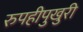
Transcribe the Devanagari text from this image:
रुपहीपुखुरी